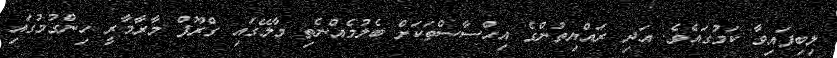
ލިބިފައިވާ ކަމުގައެވެ. އަދި ރައްޔިތުންގެ އިޙްސާސްތަކަށް ބެލުމެއްނެތި މާލޭގައި ގްރޫޕް މާރާމާރީ ހިންގުމުގައި